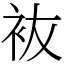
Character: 䘠